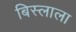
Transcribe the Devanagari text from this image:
बिस्लाला